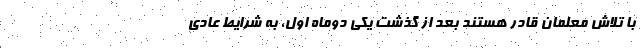
با تلاش معلمان قادر هستند بعد از گذشت یکی دوماه اول، به شرایط عادی